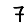
Digit: 7